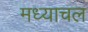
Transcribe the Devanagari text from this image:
मध्याचल